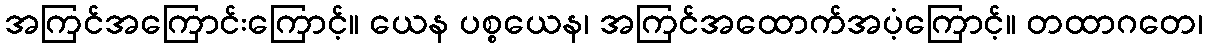
အကြင်အကြောင်းကြောင့်။ ယေန ပစ္စယေန၊ အကြင်အထောက်အပံ့ကြောင့်။ တထာဂတေ၊